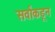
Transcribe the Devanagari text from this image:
सर्वांकडून